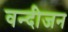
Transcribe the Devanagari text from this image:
वन्दीजन